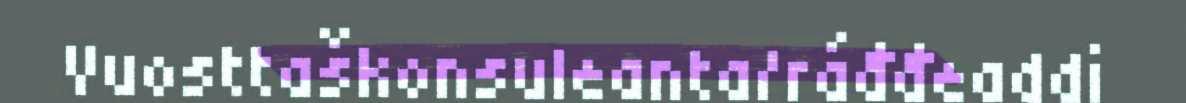
Vuosttaškonsuleanta/ráđđeaddi